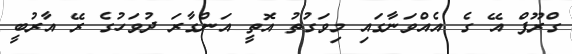
ގްރޫޕް އޭ ގެ އެއްވަނާގައި މިވަގުތު އޮތީ އަންގާރަ ދުވަހުގެ ރޭ އާރުބީ